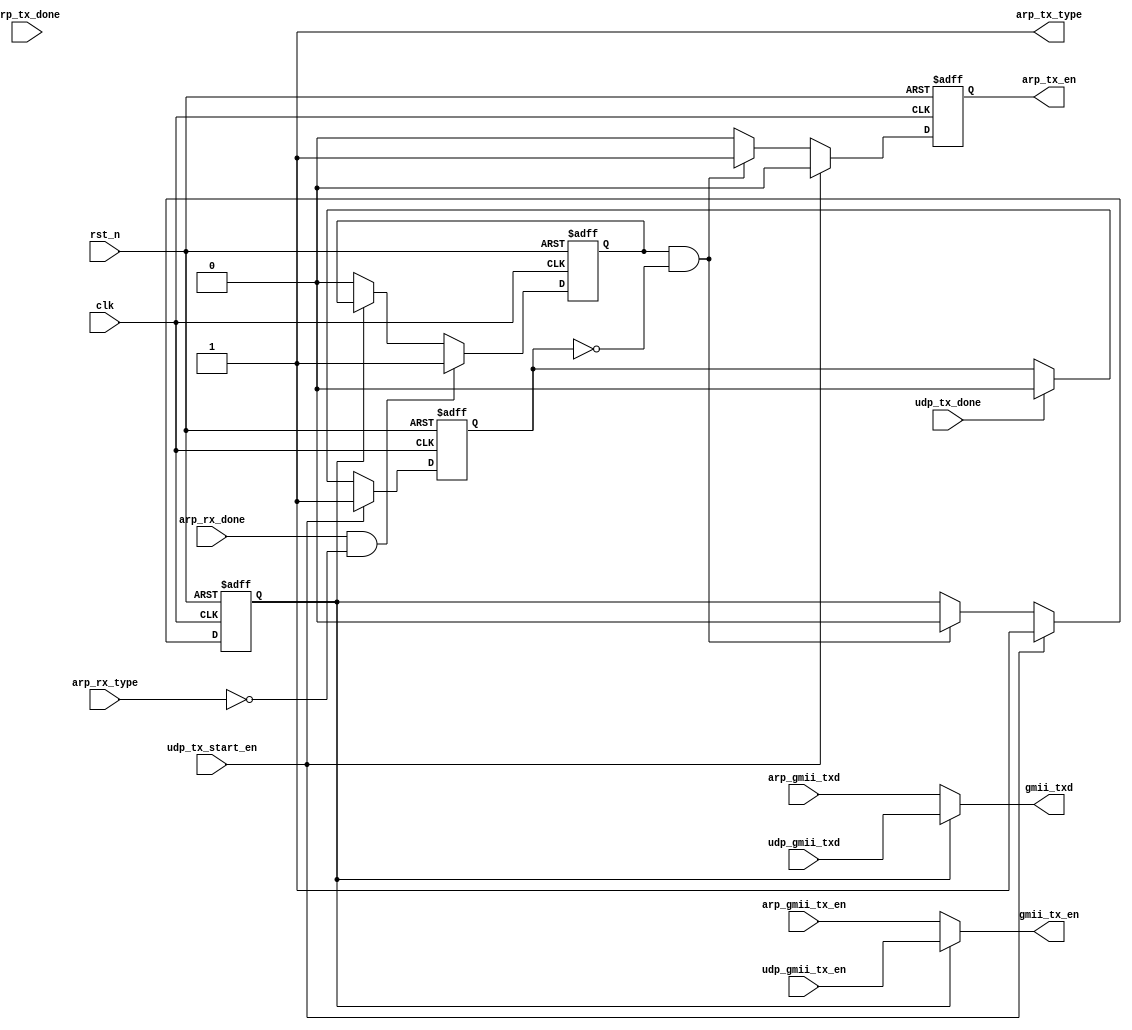
//****************************************Copyright (c)***********************************//
//
// Last modified Date   : 2023/05/29
// Created date         : 2023/05/29  
// Descriptions         : udp_arp       
//
//****************************************************************************************//

module eth_ctrl(
    input              clk       ,     //
    input              rst_n     ,     // 
    //ARP                                   
    input              arp_rx_done,    //ARP
    input              arp_rx_type,    //ARP 0:  1:
    output  reg        arp_tx_en,      //ARP
    output             arp_tx_type,    //ARP 0:  1:
    input              arp_tx_done,    //ARP
    input              arp_gmii_tx_en, //ARP GMII 
    input     [7:0]    arp_gmii_txd,   //ARP GMII
    //UDP
    input              udp_tx_start_en,//UDP
    input              udp_tx_done,    //UDP
    input              udp_gmii_tx_en, //UDP GMII  
    input     [7:0]    udp_gmii_txd,   //UDP GMII   
    //GMII                     
    output             gmii_tx_en,     //GMII 
    output    [7:0]    gmii_txd        //UDP GMII 
    );

//reg define
reg        protocol_sw; //
reg        udp_tx_busy; //UDP
reg        arp_rx_flag; //ARP

//*****************************************************
//**                    main code
//*****************************************************

assign arp_tx_type = 1'b1;   //ARPARP                                   
assign gmii_tx_en = protocol_sw ? udp_gmii_tx_en : arp_gmii_tx_en;
assign gmii_txd = protocol_sw ? udp_gmii_txd : arp_gmii_txd;

//UDP
always @(posedge clk or negedge rst_n) begin
    if(!rst_n)
        udp_tx_busy <= 1'b0;
    else if(udp_tx_start_en)   
        udp_tx_busy <= 1'b1;
    else if(udp_tx_done)
        udp_tx_busy <= 1'b0;
end

//ARP
always @(posedge clk or negedge rst_n) begin
    if(!rst_n)
        arp_rx_flag <= 1'b0;
    else if(arp_rx_done && (arp_rx_type == 1'b0))   
        arp_rx_flag <= 1'b1;
    else if(protocol_sw == 1'b0)
        arp_rx_flag <= 1'b0;
end

//protocol_swarp_tx_en
always @(posedge clk or negedge rst_n) begin
    if(!rst_n) begin
        protocol_sw <= 1'b0;
        arp_tx_en <= 1'b0;
    end
    else begin
        arp_tx_en <= 1'b0;
        if(udp_tx_start_en)
            protocol_sw <= 1'b1;
        else if(arp_rx_flag && (udp_tx_busy == 1'b0)) begin
            protocol_sw <= 1'b0;
            arp_tx_en <= 1'b1;
        end    
    end        
end

endmodule